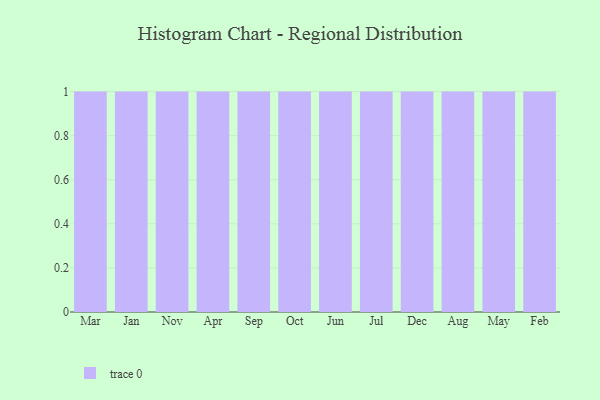
{"axis": {"x": "Month", "y": "Budget (USD K)"}, "legend": [""], "data": [{"x": "Mar", "y": 65, "type": ""}, {"x": "Jan", "y": 24, "type": ""}, {"x": "Nov", "y": 40, "type": ""}, {"x": "Apr", "y": 92, "type": ""}, {"x": "Sep", "y": 84, "type": ""}, {"x": "Oct", "y": 19, "type": ""}, {"x": "Jun", "y": 82, "type": ""}, {"x": "Jul", "y": 3, "type": ""}, {"x": "Dec", "y": 96, "type": ""}, {"x": "Aug", "y": 55, "type": ""}, {"x": "May", "y": 1, "type": ""}, {"x": "Feb", "y": 21, "type": ""}]}